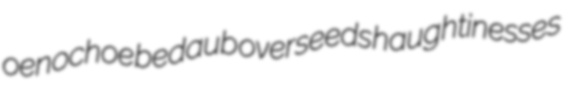
oenochoe bedaub overseeds haughtinesses